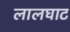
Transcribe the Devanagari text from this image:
लालघाट